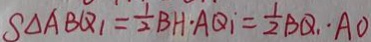
S _ { \Delta } A B Q _ { 1 } = \frac { 1 } { 2 } B H \cdot A Q _ { 1 } = \frac { 1 } { 2 } B Q \cdot A O